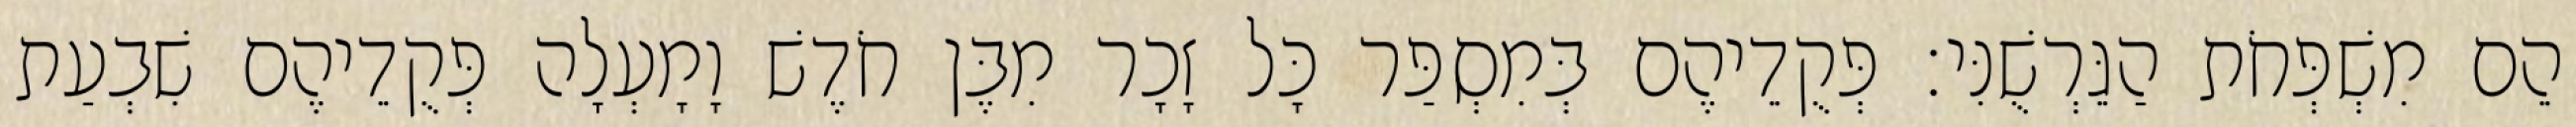
הֵם מִשְׁפְּחֹת הַגֵּרְשֻׁנִּי׃ פְּקֻדֵיהֶם בְּמִסְפַּר כָּל זָכָר מִבֶּן חֹדֶשׁ וָמָעְלָה פְּקֻדֵיהֶם שִׁבְעַת